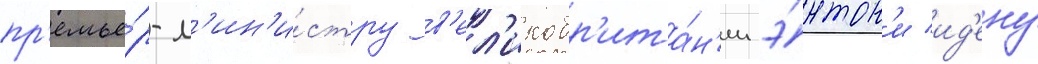
пр'емье́р-м'ин'и́стру в'ел'икобр'ита́н'ии э́нтон'и ид'ену